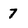
Character: 7